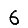
Digit: 6